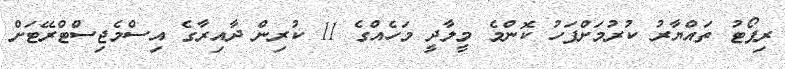
ރިޕޯޓު ތައްޔާރު ކުރުމަށްފަހު ކޮންމެ މީލާދީ މަހެއްގެ 11 ކުރިން ދާއިރާގެ އިސްމެޖިސްޓްރޭޓަށް